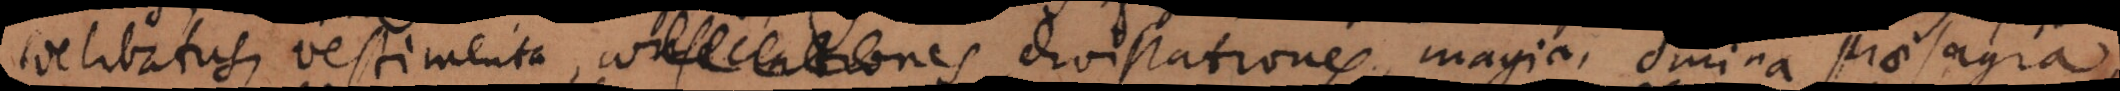
coelibatus, vestimenta, consecrationes divinationes, magia, omina, praesagia,